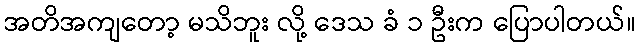
အတိအကျတော့ မသိဘူး လို့ ဒေသ ခံ ၁ ဦးက ပြောပါတယ်။